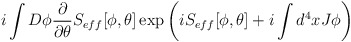
\begin{align*}i\int D\phi \frac{\partial }{\partial \theta }S_{eff}[\phi ,\theta ]\exp \left( iS_{eff}[\phi ,\theta ]+i\int d^{4}xJ\phi \right)\end{align*}